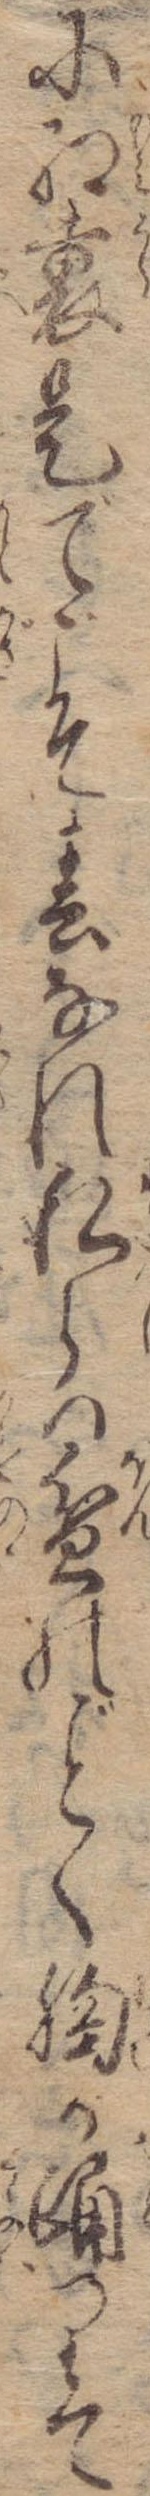
に紅裏是でこそ春なれ私らは盆のく胸か踊りて